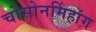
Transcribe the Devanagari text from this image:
चोसोनमिंहांग